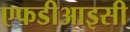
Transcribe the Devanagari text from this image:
एफडीआइसी